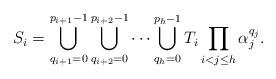
LaTeX: \begin{align*}S_i = \bigcup_{q_{i+1} = 0}^{p_{i+1}-1}\bigcup_{q_{i+2} = 0}^{p_{i+2}-1}\dots\bigcup_{q_h = 0}^{p_h-1}T_i \prod_{i< j \le h} \alpha_j^{q_j}.\end{align*}